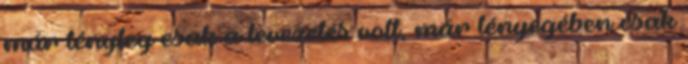
már tényleg csak a levezetés volt, már lényegében csak